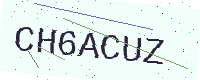
Text: CH6ACUZ